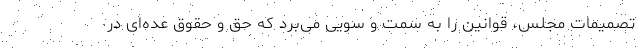
تصمیمات مجلس، قوانین را به سمت و سویی می‌برد که حق و حقوق عده‌ای در